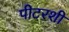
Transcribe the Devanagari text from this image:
पीटरशी